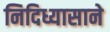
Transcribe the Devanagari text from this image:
निदिध्यासाने